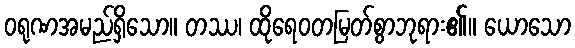
ဝရုဏအမည်ရှိသော။ တဿ၊ ထိုရေဝတမြတ်စွာဘုရား၏။ ယောသော